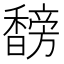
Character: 𬳣